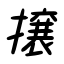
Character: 攘